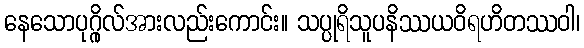
နေသောပုဂ္ဂိုလ်အားလည်းကောင်း။ သပ္ပုရိသူပနိဿယဝိရဟိတဿဝါ၊